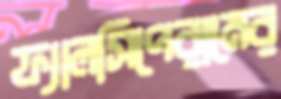
ফ্যালসিপেরামের